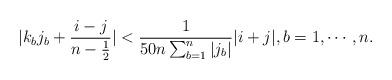
LaTeX: \begin{align*}|k_bj_b+\frac{i-j}{n-\frac12}|<\frac{1}{50n\sum_{b=1}^n|j_b|}|i+j|,b=1,\cdots,n.\end{align*}